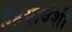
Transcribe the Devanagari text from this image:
हेहयावंशी